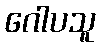
ဂေါပသူ